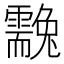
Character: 䨲